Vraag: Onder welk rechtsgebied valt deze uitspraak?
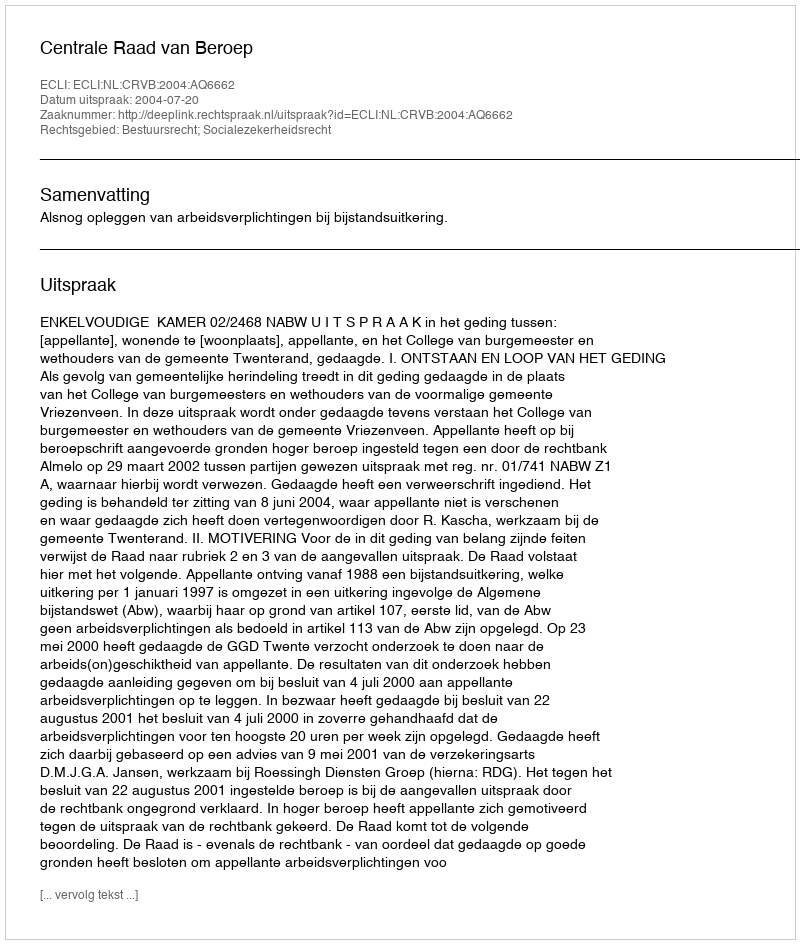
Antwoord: Bestuursrecht; Socialezekerheidsrecht